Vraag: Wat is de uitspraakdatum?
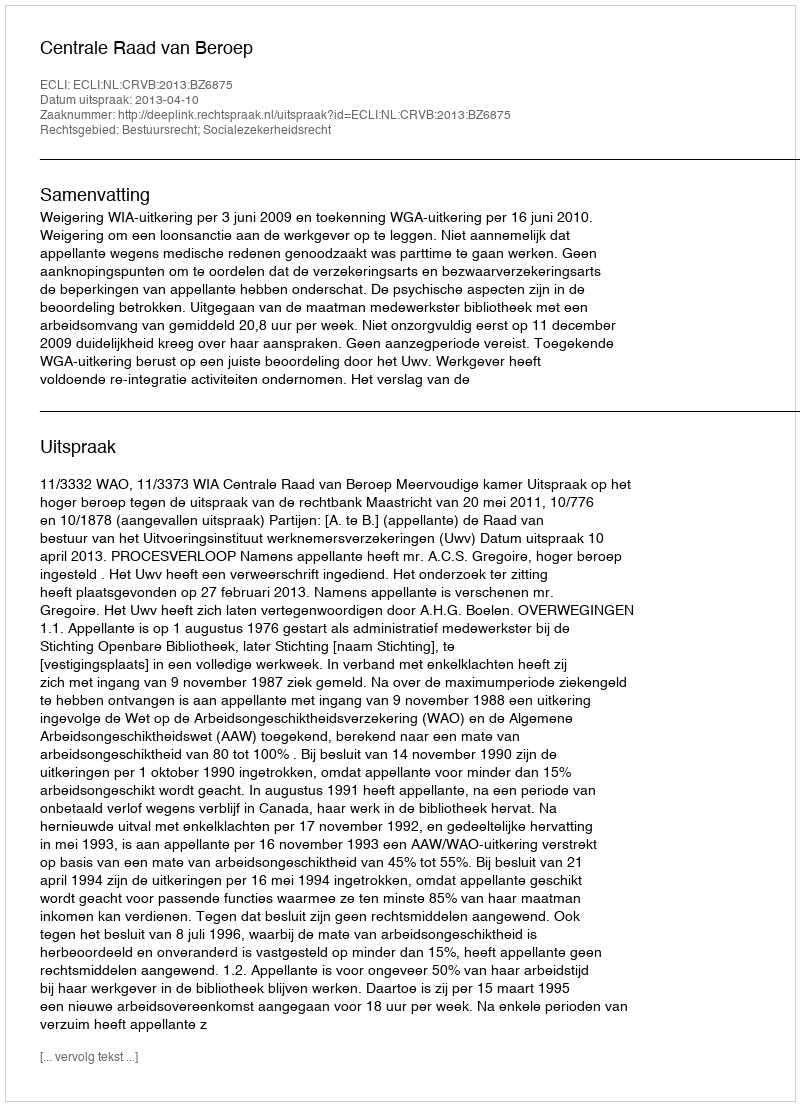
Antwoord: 2013-04-10